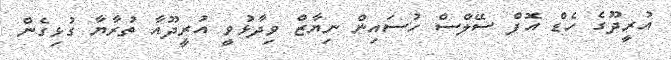
އުރީދޫގެ ހެޑް އޮފް ސޭލްސް ހުސައިން ނިޔާޒް ވިދާޅުވީ އުރީދޫއާ ތުރާޔާ ގުޅިގެން